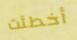
أخطئت